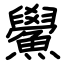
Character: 鱟